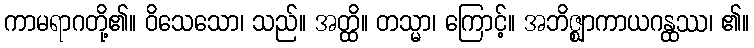
ကာမရာဂတို့၏။ ဝိသေသော၊ သည်။ အတ္ထိ။ တသ္မာ၊ ကြောင့်။ အဘိဇ္ဈာကာယဂန္ထဿ၊ ၏။